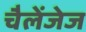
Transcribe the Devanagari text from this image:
चैलेंजेज